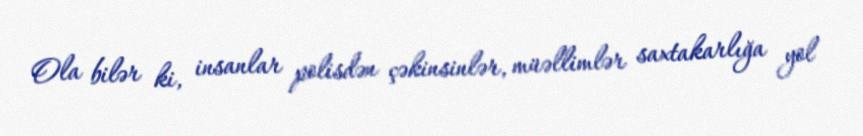
Ola bilər ki, insanlar polisdən çəkinsinlər, müəllimlər saxtakarlığa yol